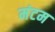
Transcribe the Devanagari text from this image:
मंटम